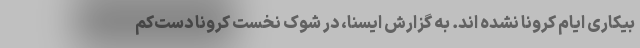
بیکاری ایام کرونا نشده اند. به گزارش ایسنا، در شوک نخست کرونا دست‌کم